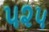
૫૨૫